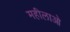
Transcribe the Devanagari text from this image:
महीलाओ